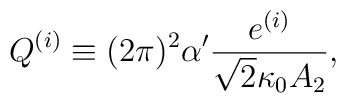
Q^{(i)} \equiv (2\pi)^2 \alpha' \frac{e^{(i)}}{\sqrt{2} \kappa_0 A_2},